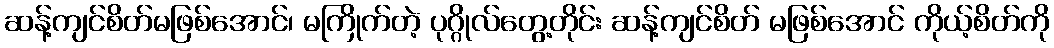
ဆန့်ကျင်စိတ်မဖြစ်အောင်၊ မကြိုက်တဲ့ ပုဂ္ဂိုလ်တွေ့တိုင်း ဆန့်ကျင်စိတ် မဖြစ်အောင် ကိုယ့်စိတ်ကို